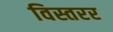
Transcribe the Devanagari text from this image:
विस्तरर